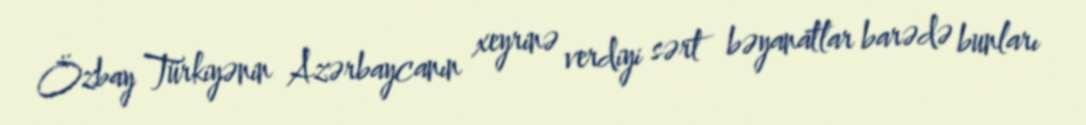
Özbay Türkiyənin Azərbaycanın xeyrinə verdiyi sərt bəyanatlar barədə bunları